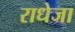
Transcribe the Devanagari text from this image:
राधेजा